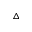
\triangle